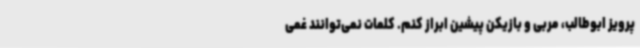
پرویز ابوطالب، مربی و بازیکن پیشین ابراز کنم. کلمات نمی‌توانند غمی